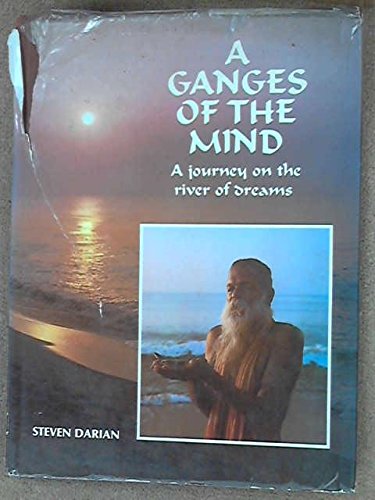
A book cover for Ganges of the Mind: A Journey On the River of Dreams; Steven G Darian; Travel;